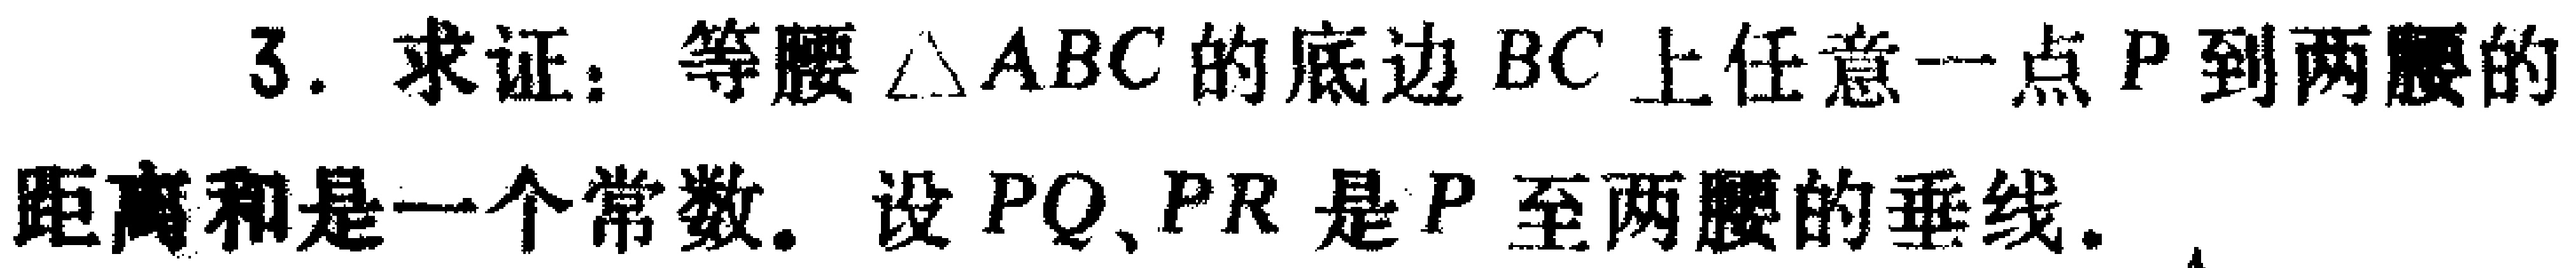
3. 求证：等腰$\triangle ABC$的底边$BC$上任意一点$P$到两腰的距离和是一个常数. 设$PQ、PR$是$P$至两腰的垂线.